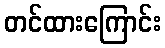
တင်ထားကြောင်း